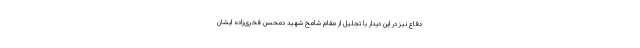
دفاع نیز در این دیدار با تجلیل از مقام شامخ شهید دمحسن فخری‌زاده ایشان